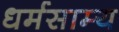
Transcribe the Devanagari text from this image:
धर्मसाम्य